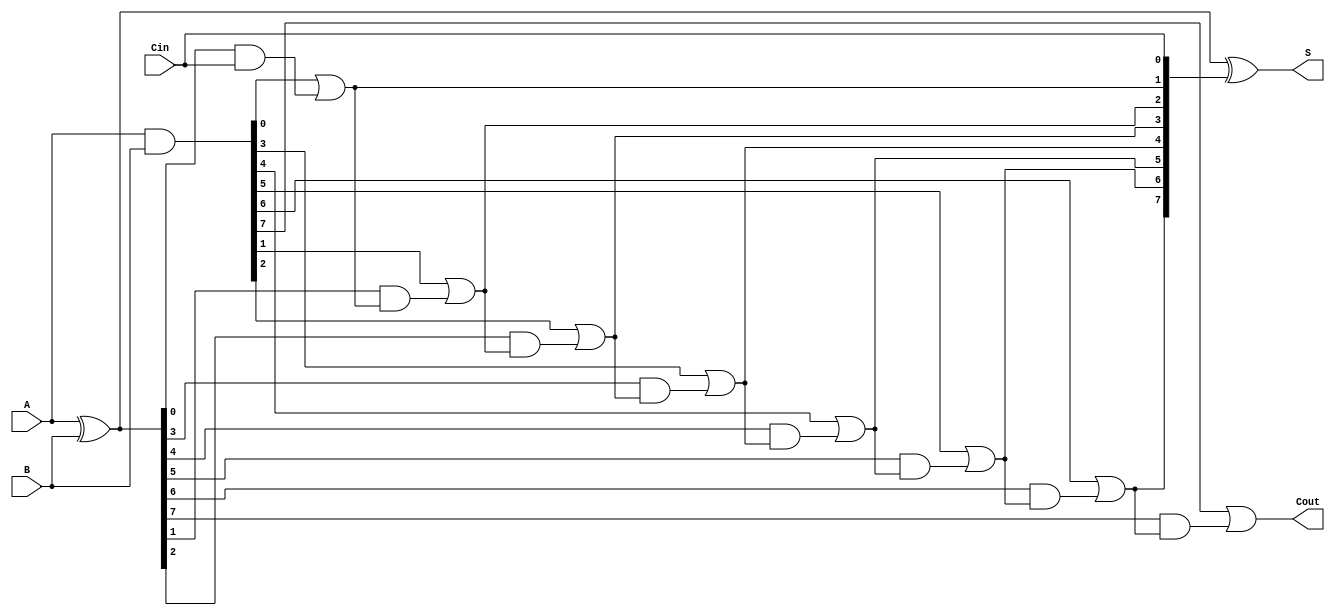
module VLCLA #(parameter N = 8) (
    input  wire [N-1:0] A,      // First operand
    input  wire [N-1:0] B,      // Second operand
    input  wire Cin,             // Carry-in
    output wire [N-1:0] S,       // Sum output
    output wire Cout             // Carry-out
);

    // Generate and Propagate signals
    wire [N-1:0] G;  // Generate
    wire [N-1:0] P;  // Propagate
    wire [N:0] C;    // Carry signals

    // Generate and Propagate calculations
    assign G = A & B;          // G[i] = A[i] & B[i]
    assign P = A ^ B;          // P[i] = A[i] ^ B[i]

    // Carry lookahead logic
    assign C[0] = Cin;         // C[0] = Cin
    genvar i;
    generate
        for (i = 0; i < N; i = i + 1) begin : carry_logic
            if (i == 0) begin
                assign C[i+1] = G[i] | (P[i] & C[i]); // C[i+1] = G[i] | (P[i] & C[i])
            end else begin
                assign C[i+1] = G[i] | (P[i] & C[i]); // C[i+1] = G[i] | (P[i] & C[i])
            end
        end
    endgenerate

    // Sum calculation
    assign S = P ^ C[N-1:0];  // S[i] = P[i] ^ C[i]

    // Carry-out
    assign Cout = C[N];       // Cout = C[N]

endmodule